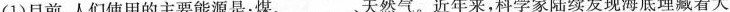
(1)目前，人们使用的主要能源是：煤、___，天然气。近年来，科学家陆续发现海底埋藏着大